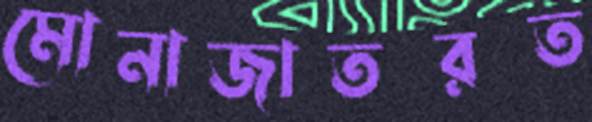
মোনাজাতরত